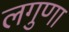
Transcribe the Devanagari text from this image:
लगुणा